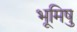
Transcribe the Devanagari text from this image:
भूमिषु